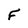
Character: F